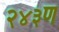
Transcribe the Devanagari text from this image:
२४३ण